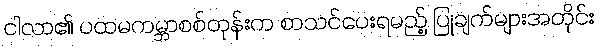
ငါလာ၏ ပထမကမ္ဘာစစ်တုန်းက စာသင်ပေးရမည့် ပြုချက်များအတိုင်း